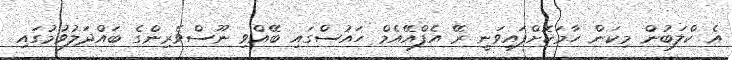
އެ ކްލަބުން މިކަން ހާމަކޮށްފައިވަނީ ރޭ އެފްއޭއެމް ހައުސްގައި ބޭއްވި ނޫސްވެރިންގެ ބައްދަލުވުމުގައި